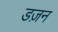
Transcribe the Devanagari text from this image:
डज़न